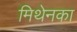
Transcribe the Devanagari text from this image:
मिथेनका